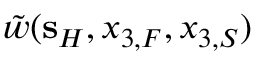
\tilde { w } ( { \bf s } _ { H } , x _ { 3 , F } , x _ { 3 , S } )